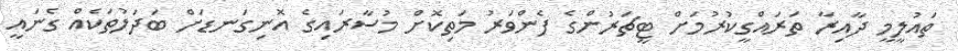
ތައުލީމީ ދާއިރާ ތަރައްގީކުރުމަށް ޓީޗަރުންގެ ފެންވަރު މަތިކޮށް މުސާރައިގެ އޮނިގަނޑަށް ބަދަލުތަކެއް ގެނައީ